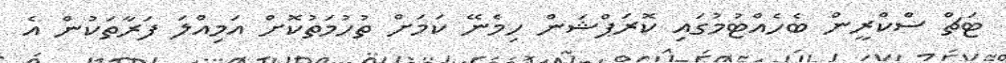
ޓަޗް ސްކްރީން ބެހެއްޓުމުގައި ކޮރަޕްޝަން ހިމެނޭ ކަމަށް ތުހުމަތުކޮށް އަމިއްލަ ފަރާތަކުން އެ